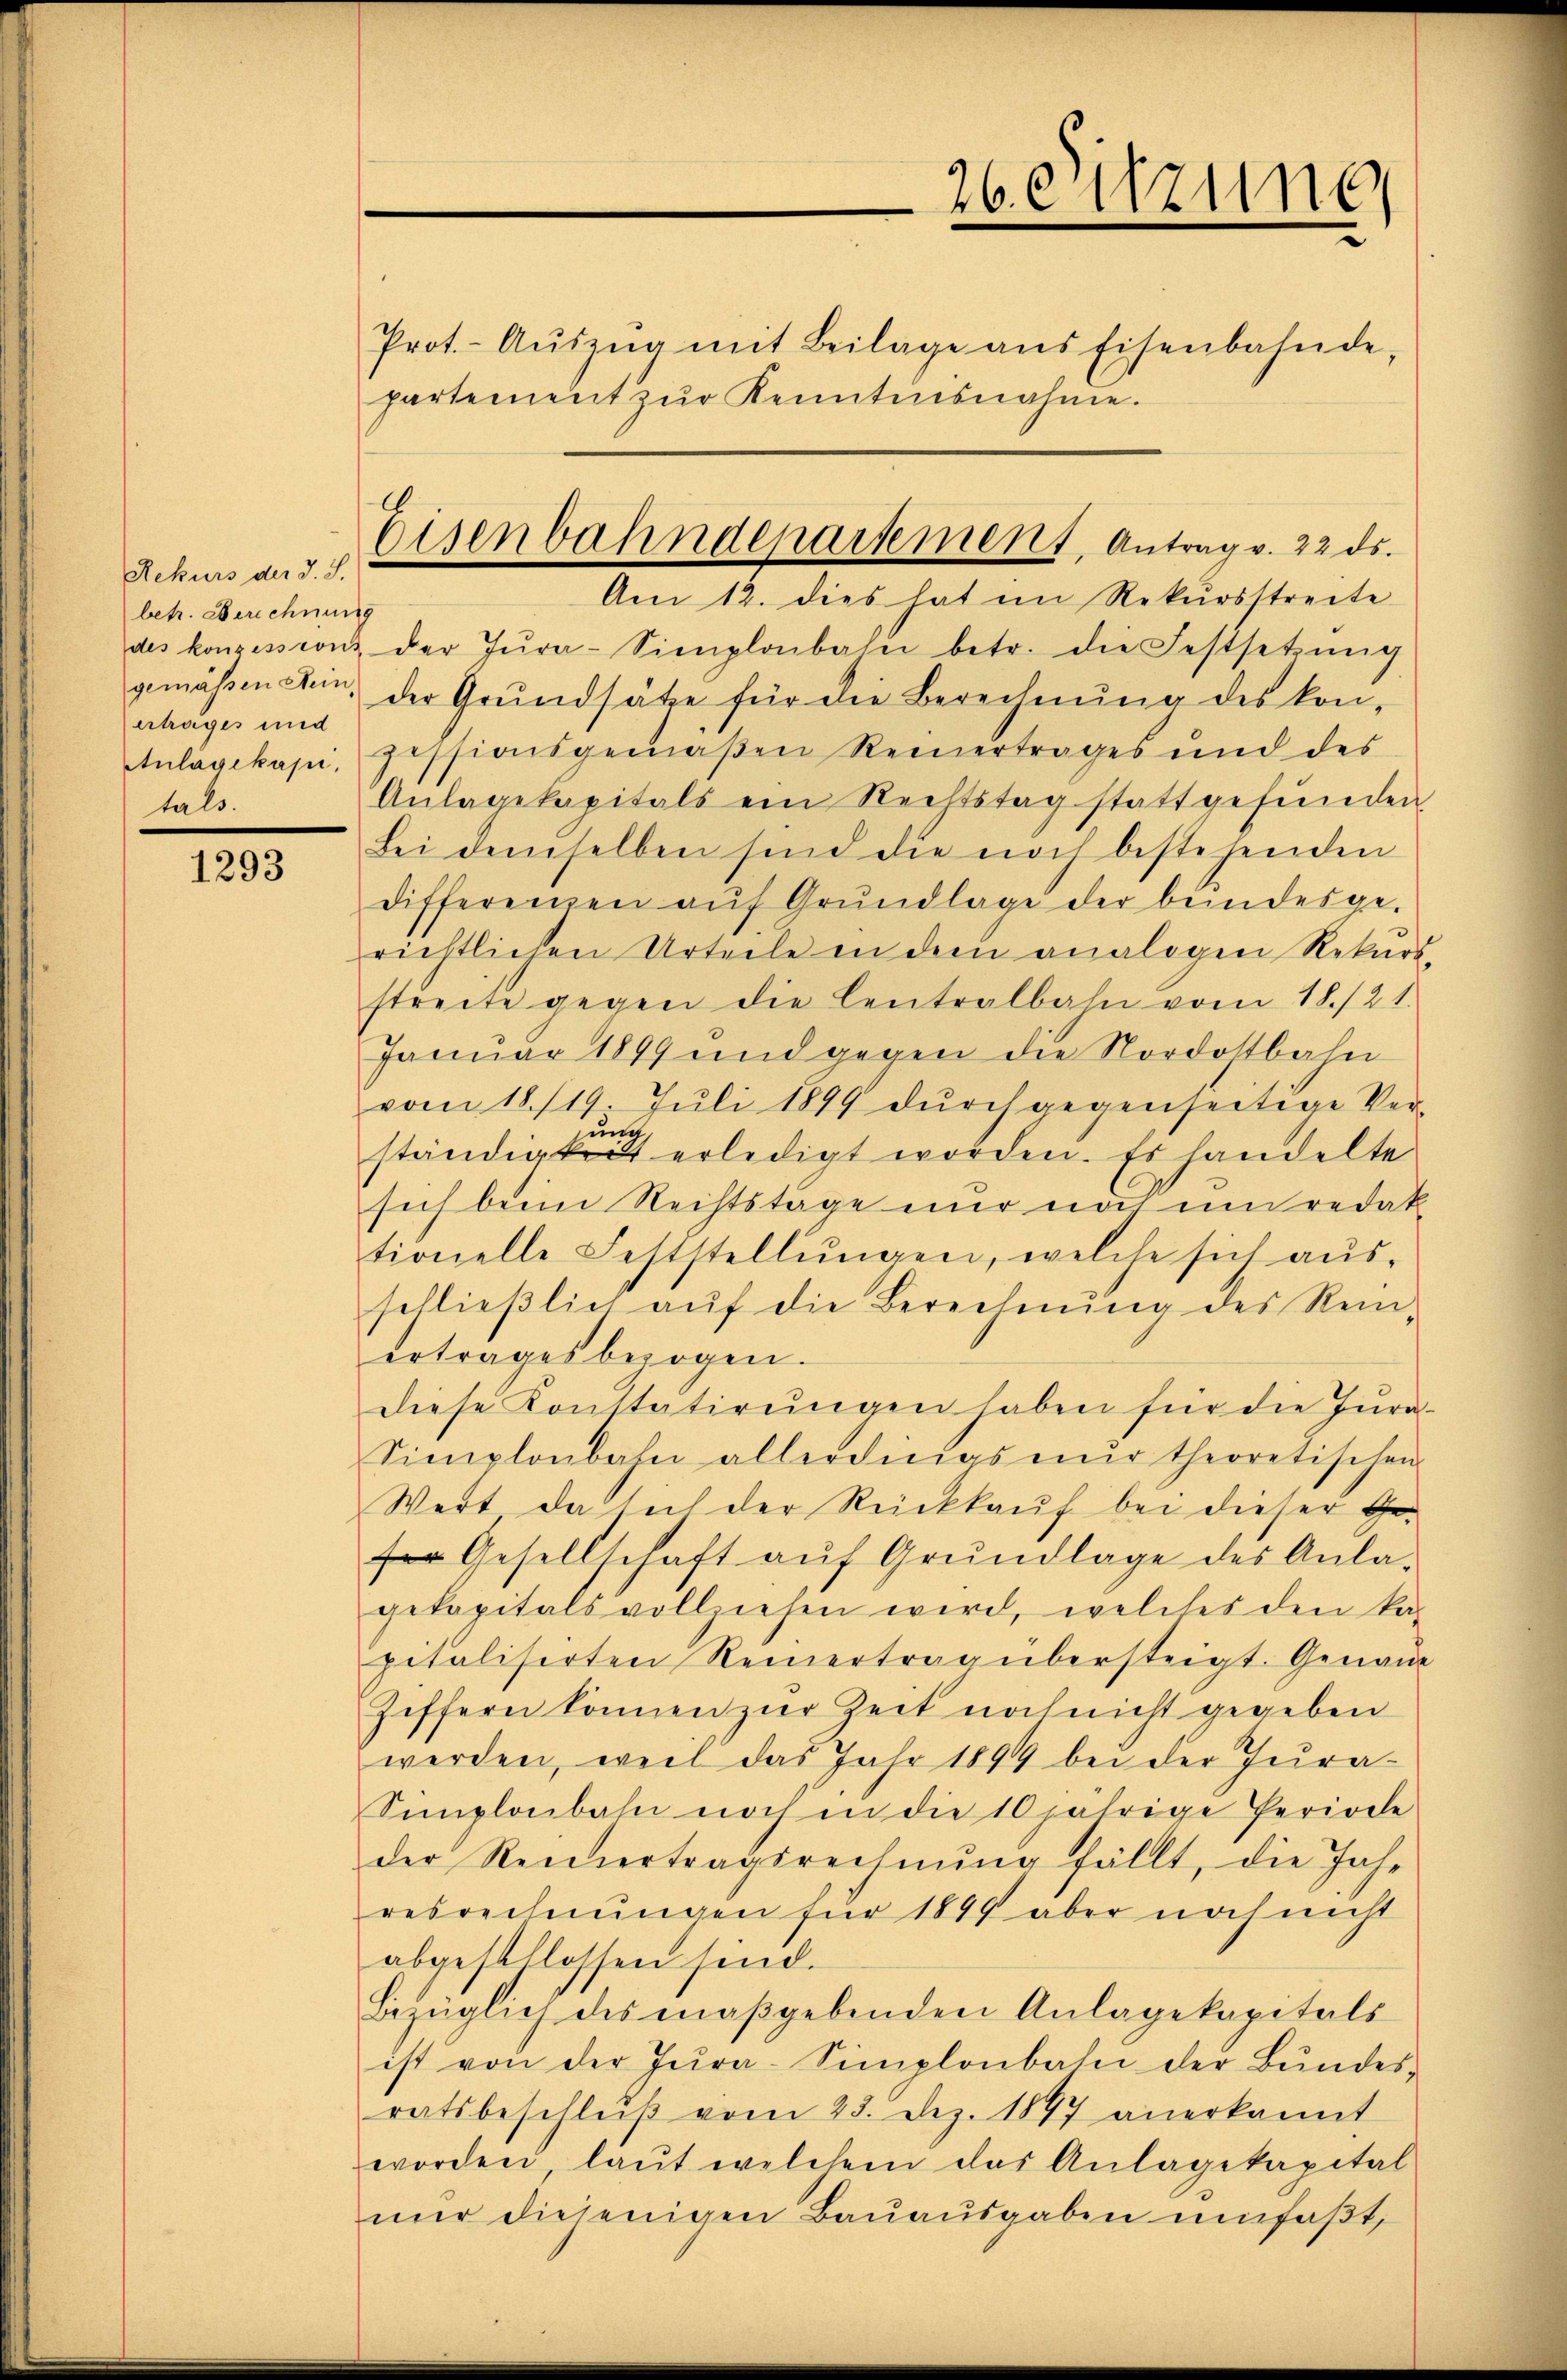
Rekurs der J. S.
betr. Berechnung
ertrages und
tals.

1293

Prot.- Aŭszŭg mit Beilage ans Eisenbahnde,
partement zŭr Kenntnisnahme.

Eisenbahndepartement, Antrag v. 22 ds.
Am 12. dies hat im Rekŭrsstreite

26. Sitzune

des konzession der Jŭra-Simplonbahn betr. die Festsetzŭng
gemäßen stein, der Grŭndsätze für die Berechnŭng des kon-
ulagekapi, pessionsgemäβen Reinertrages und des
Anlagekapitals ein Rechtstag stattgefŭnden
Bei demselben sind die noch bestehenden
differenzen aŭf Grŭndlage der bundesge-
richtlichen Urteile in dem analogen Rekŭrs
streite gegen die Centralbahn vom 18./21.
Januar 1899 und gegen die Nordostbahn
vom 18./19. Juli 1899 dŭrch gegenseitige Ver-
ung
ständigkeit erledigt worden. Es handelte
sich beim Rechtstage nur not un redak
tionelle Feststellŭngen, welche sich aŭs-
schlieβlich aŭf die Berechnŭng des Rein-
ertrages bezogen.
diese Konstatirŭngen haben für die Jura
Simplonbahn allerdings nŭr theoretischen
Wert, da sich der Rückkauf bei dieser Ger Gesellschaft aŭf Grŭndlage des Anla-
gekapitals vollziehen wird, welches den ka
pitalisirten Reinertrag übersteigt. Genan
Ziffern können zur Zeit noch nicht gegeben
werden, weil das Jahr 1899 bei der Jura¬
Semplonbahn noch in die 10 jährige Periode
der Reizertragsrechnŭng fällt, die Jahr
resrechnŭngen für 1849 aber noch nicht
abgeschlossen sind.
Bezüglich des maßgebenden Anlagekapitals
ist von der Jura-Simplonbahn der Bŭndes-
ratsbeschlŭβ vom 23. Dez. 1897 anerkannt
worden, laut welchem das Anlagekapital
nŭr diejenigen Bauausgaben umfaßt,